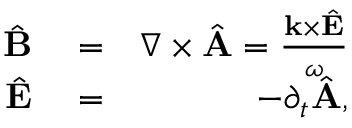
\begin{array} { r l r } { \hat { \bf B } } & { { } = } & { \nabla \times \hat { \bf A } = \frac { { \bf k } \times \hat { \bf E } } { \omega } } \\ { \hat { \bf E } } & { { } = } & { - \partial _ { t } \hat { \bf A } , } \end{array}